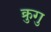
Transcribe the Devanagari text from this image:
क्रुगु